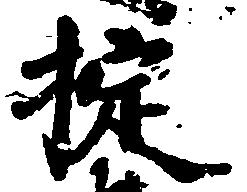
掟